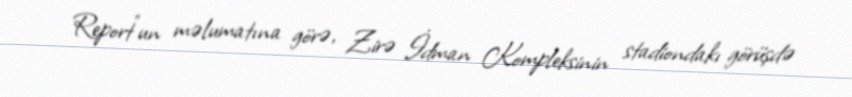
Report"un məlumatına görə, Zirə İdman Kompleksinin stadiondakı görüşdə